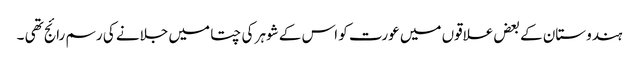
ہندوستان کے بعض علاقوں میں عورت کو اس کے شوہر کی چتا میں جلانے کی رسم رائج تھی ۔